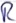
Text: R